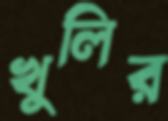
খুলির